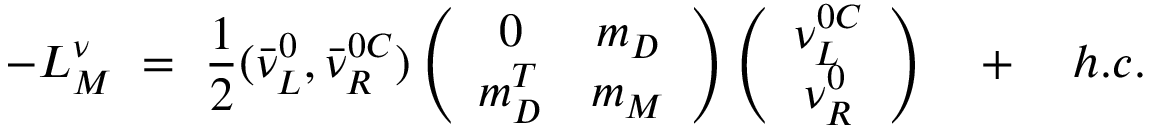
- { \cal L } _ { M } ^ { \nu } \ = \ \frac { 1 } { 2 } ( \bar { \nu } _ { L } ^ { 0 } , \bar { \nu } _ { R } ^ { 0 C } ) \left( \begin{array} { c c } { { 0 } } & { { m _ { D } } } \\ { { m _ { D } ^ { T } } } & { { m _ { M } } } \end{array} \right) \left( \begin{array} { c } { { \nu _ { L } ^ { 0 C } } } \\ { { \nu _ { R } ^ { 0 } } } \end{array} \right) \quad + \quad h . c .